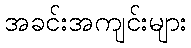
အခင်းအကျင်းများ